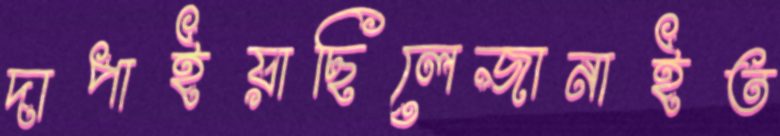
দাপাইয়াছিলেজানাইত